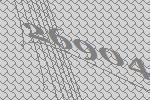
26904